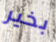
بخير